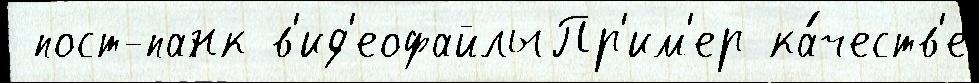
 пост-панк в'ид'еофайлыПр'им'ер ка́честв'е